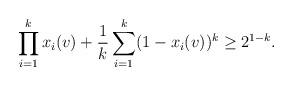
LaTeX: \begin{align*}\prod_{i=1}^k x_i(v)+ \frac 1k \sum_{i=1}^k (1-x_i(v))^k \geq 2^{1-k}.\end{align*}